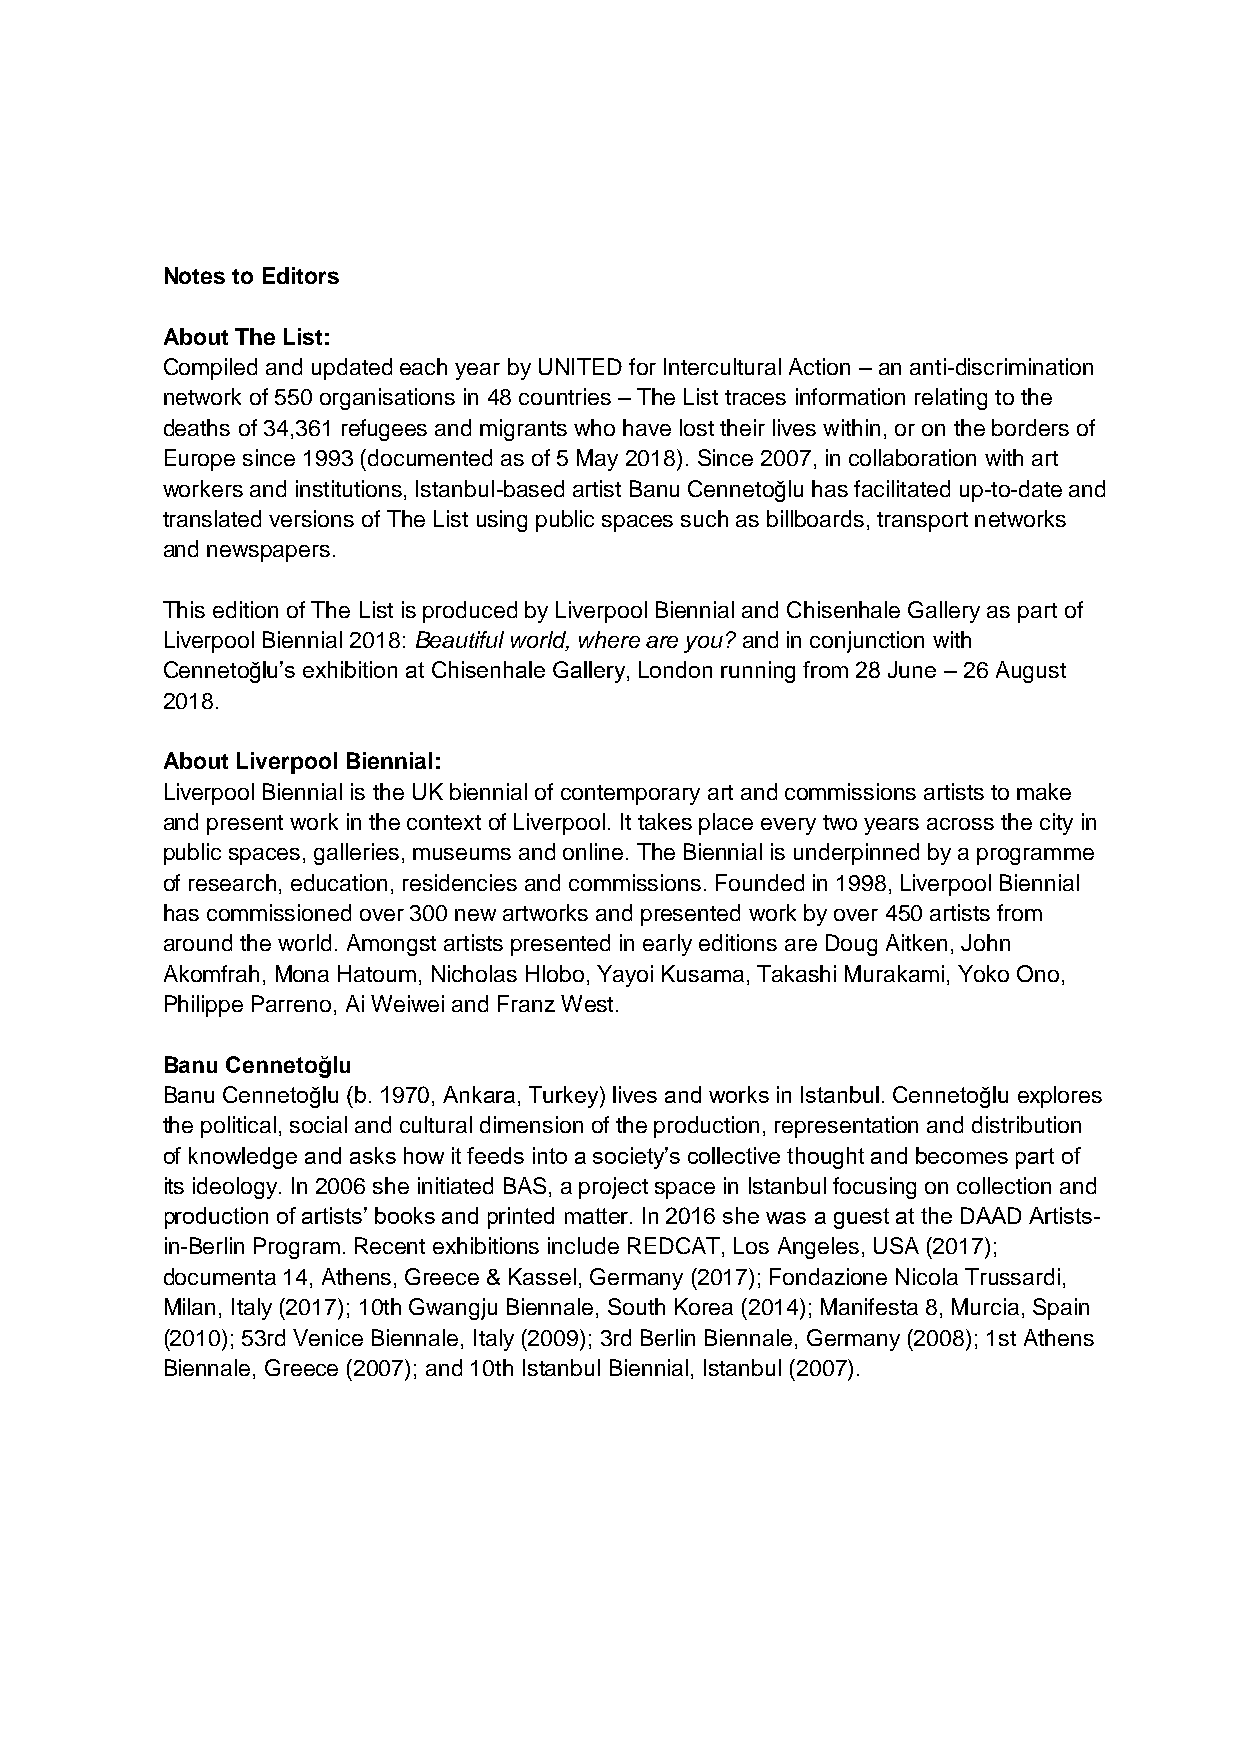
Notes to Editors
 About The List:
 Compiled and updated each year by UNITED for Intercultural Action – an anti-discrimination
 network of 550 organisations in 48 countries – The List traces information relating to the
 deaths of 34,361 refugees and migrants who have lost their lives within, or on the borders of
 Europe since 1993 (documented as of 5 May 2018). Since 2007, in collaboration with art
 workers and institutions, Istanbul-based artist Banu Cennetoğlu has facilitated up-to-date and
 translated versions of The List using public spaces such as billboards, transport networks
 and newspapers.
 This edition of The List is produced by Liverpool Biennial and Chisenhale Gallery as part of
 Liverpool Biennial 2018: Beautiful world, where are you? and in conjunction with
 Cennetoğlu’s exhibition at Chisenhale Gallery, London running from 28 June – 26 August
 2018.
 About Liverpool Biennial:
 Liverpool Biennial is the UK biennial of contemporary art and commissions artists to make
 and present work in the context of Liverpool. It takes place every two years across the city in
 public spaces, galleries, museums and online. The Biennial is underpinned by a programme
 of research, education, residencies and commissions. Founded in 1998, Liverpool Biennial
 has commissioned over 300 new artworks and presented work by over 450 artists from
 around the world. Amongst artists presented in early editions are Doug Aitken, John
 Akomfrah, Mona Hatoum, Nicholas Hlobo, Yayoi Kusama, Takashi Murakami, Yoko Ono,
 Philippe Parreno, Ai Weiwei and Franz West.
 Banu Cennetoğlu
 Banu Cennetoğlu (b. 1970, Ankara, Turkey) lives and works in Istanbul. Cennetoğlu explores
 the political, social and cultural dimension of the production, representation and distribution
 of knowledge and asks how it feeds into a society’s collective thought and becomes part of
 its ideology. In 2006 she initiated BAS, a project space in Istanbul focusing on collection and
 production of artists’ books and printed matter. In 2016 she was a guest at the DAAD Artists-
 in-Berlin Program. Recent exhibitions include REDCAT, Los Angeles, USA (2017);
 documenta 14, Athens, Greece & Kassel, Germany (2017); Fondazione Nicola Trussardi,
 Milan, Italy (2017); 10th Gwangju Biennale, South Korea (2014); Manifesta 8, Murcia, Spain
 (2010); 53rd Venice Biennale, Italy (2009); 3rd Berlin Biennale, Germany (2008); 1st Athens
 Biennale, Greece (2007); and 10th Istanbul Biennial, Istanbul (2007).